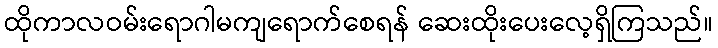
ထိုကာလဝမ်းရောဂါမကျရောက်စေရန် ဆေးထိုးပေးလေ့ရှိကြသည်။